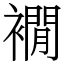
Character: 襉